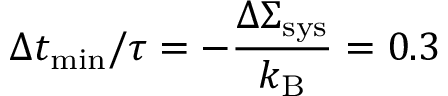
\Delta t _ { \mathrm { m i n } } / \tau = - \frac { \Delta \Sigma _ { \mathrm { s y s } } } { k _ { \mathrm { B } } } = 0 . 3